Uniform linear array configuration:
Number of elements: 4
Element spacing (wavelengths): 0.5
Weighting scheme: blackman
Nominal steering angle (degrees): -15
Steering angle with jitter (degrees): -15.345
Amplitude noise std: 0.05
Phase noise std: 0.05

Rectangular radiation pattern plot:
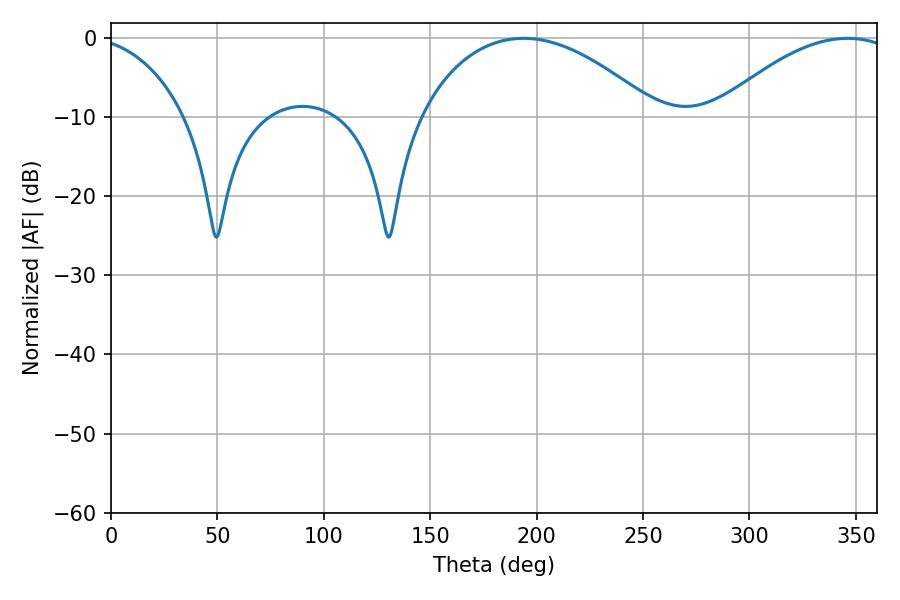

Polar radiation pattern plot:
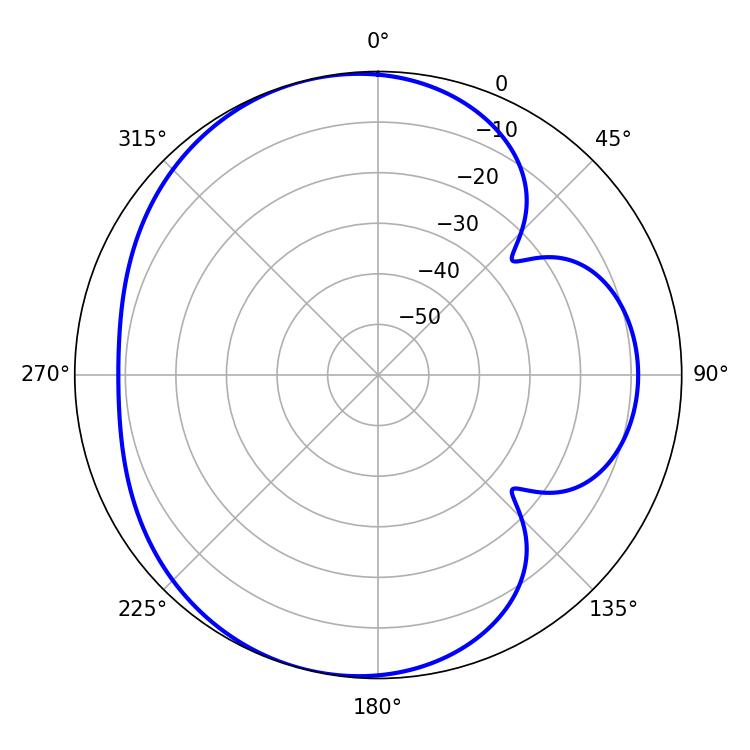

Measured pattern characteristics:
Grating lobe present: FALSE
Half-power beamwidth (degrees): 62.82
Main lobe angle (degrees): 193.86